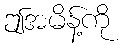
ဤအမိန့်ကို